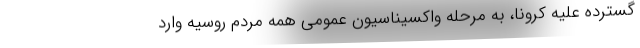
گسترده علیه کرونا، به مرحله واکسیناسیون عمومی همه مردم روسیه وارد